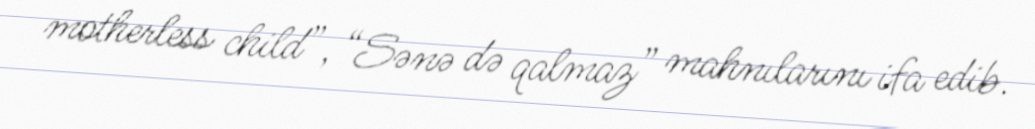
motherless child”, “Sənə də qalmaz” mahnılarını ifa edib.